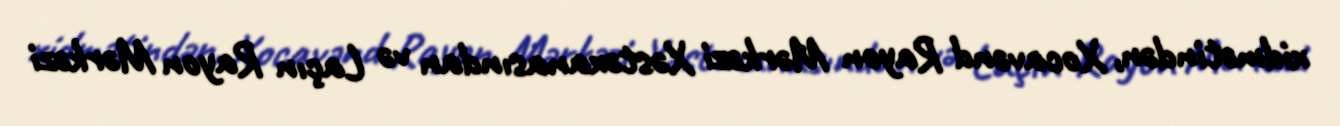
xidmətindən, Xocavənd Rayon Mərkəzi Xəstəxanasından və Laçın Rayon Mərkəzi